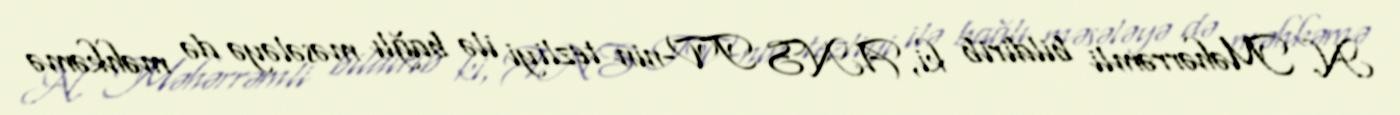
N. Məhərrəmli bildirib ki, ANS TV-nin tezliyi ilə bağlı məsələyə də məhkəmə